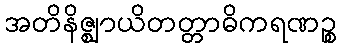
အတိနိဇ္ဈာယိတတ္တာဓိကရဏဉ္စ